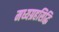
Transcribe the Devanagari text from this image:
मध्यग्रहसिद्धि